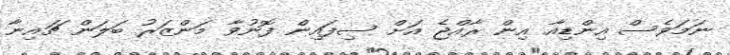
ނަމަވެސް އިންޑިއާ އިން ރާއްޖެ އަށް ސިފައިން ފޮނުވާ މަންޒަރު ބަލަން ޗައިނާ